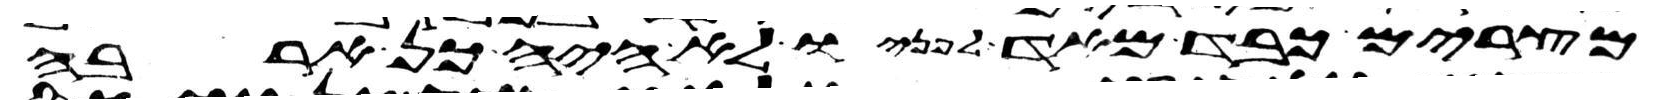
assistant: מצרים כבד מאד לפניו לא היה כן ארבה